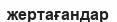
жертағандар